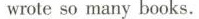
wrote so many books.